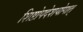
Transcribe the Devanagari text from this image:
शिष्टोपदेशयोगात्